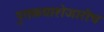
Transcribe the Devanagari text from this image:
पुतळ्याशेजारीच